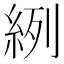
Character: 𦀎